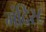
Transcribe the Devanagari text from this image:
मंदिर८